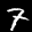
Label: 7